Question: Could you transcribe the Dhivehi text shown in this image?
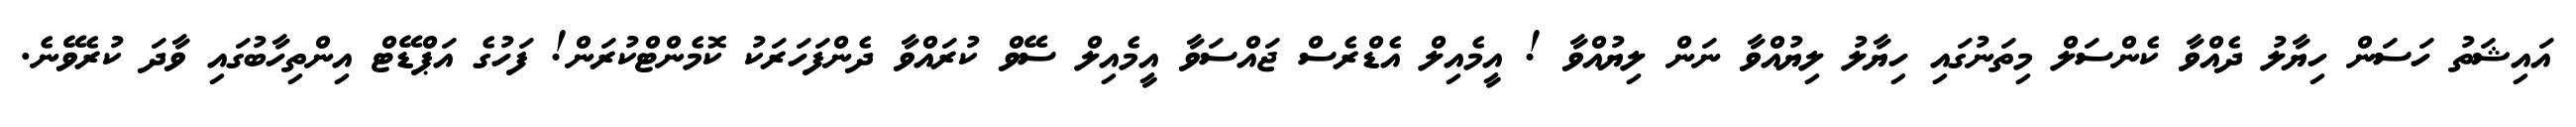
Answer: އައިޝަތު ހަސަން ހިޔާލު ދެއްވާ ކެންސަލް މިތަނުގައި ހިޔާލު ލިޔުއްވާ ނަން ލިޔުއްވާ ! އީމެއިލް އެޑްރެސް ޖައްސަވާ އީމެއިލް ސޭވް ކުރައްވާ ދެންފަހަރަކު ކޮމެންޓްކުރަން! ފަހުގެ އަޕްޑޭޓް އިންތިހާބުގައި ވާދަ ކުރެވޭނެ.